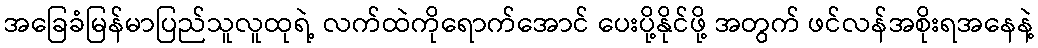
အခြေခံမြန်မာပြည်သူလူထုရဲ့ လက်ထဲကိုရောက်အောင် ပေးပို့နိုင်ဖို့ အတွက် ဖင်လန်အစိုးရအနေနဲ့